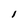
Character: 1